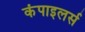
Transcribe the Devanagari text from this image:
कंपाइलर्स